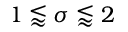
1 \lessapprox \sigma \lessapprox 2